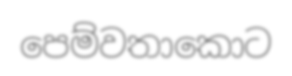
පෙම්වතාකොට